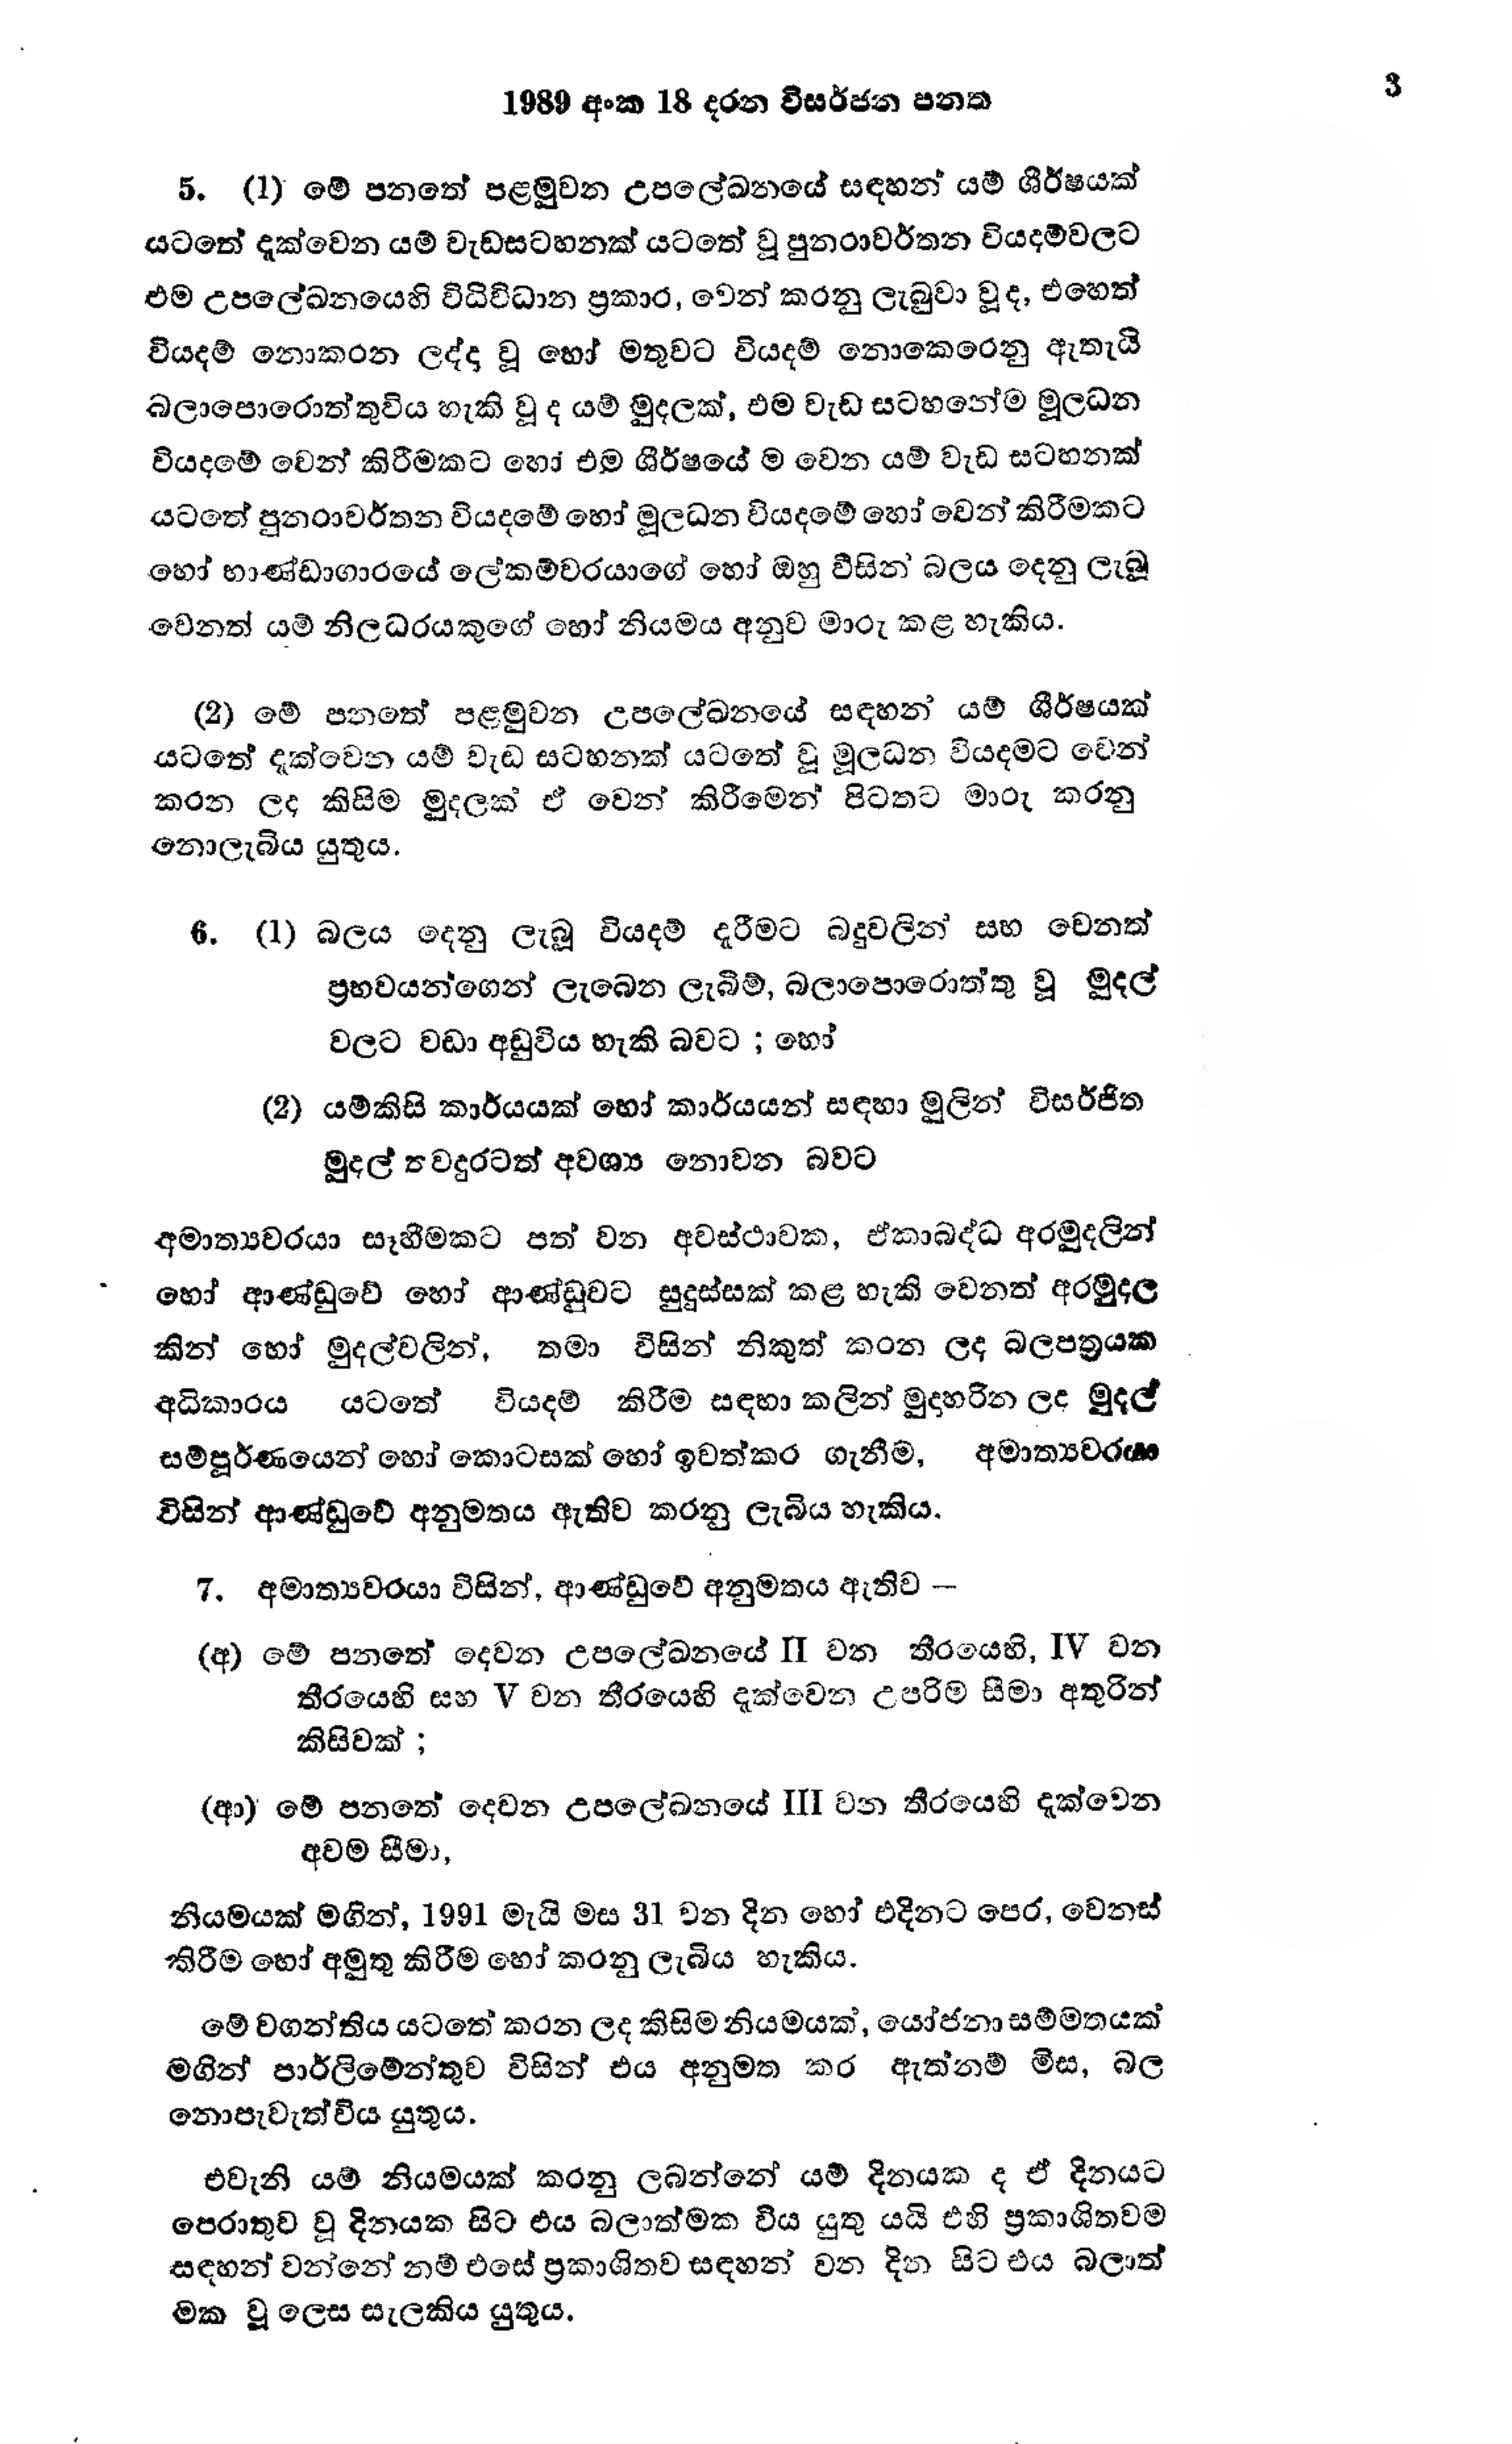
1989 අංක 18 දරන විසර්ජන පනත 3

5. (1) මේ පනතේ පළමුවන උපලේඛනයේ සඳහන් යම් ශීර්ෂයක්
යටතේ දැක්වෙන යම් වැඩසටහනක් යටතේ වූ පුනරාවර්තන වියදම්වලට
එම උපලේඛනයෙහි විධිවිධාන ප්‍රකාර, වෙන් කරනු ලැබුවා වූ ද, එහෙත්
වියදම් නොකරන ලද්දා වූ හෝ මතුවට වියදම් නොකෙරෙනු ඇතැයි
බලාපොරොත්තුවිය හැකි වූ ද යම් මුදලක්, එම වැඩ සටහනේම මූලධන
වියදමේ වෙන් කිරීමකට හෝ එම ශීර්ෂයේම වෙන යම් වැඩ සටහනක්
යටතේ පුනරාවර්තන වියදමේ හෝ මූලධන වියදමේ හෝ වෙන් කිරීමකට
හෝ භාණ්ඩාගාරයේ ලේකම්වරයාගේ හෝ ඔහු විසින් බලය දෙනු ලැබූ
වෙනත් යම් නිලධරයකුගේ හෝ නියමය අනුව මාරු කළ හැකිය.

(2) මේ පනතේ පළමුවන උපලේඛනයේ සඳහන් යම් ශීර්ෂයක්
යටතේ දැක්වෙන යම් වැඩ සටහනක් යටතේ වූ මූලධන වියදමට වෙන්
කරන ලද කිසිම මුදලක් ඒ වෙන් කිරීමෙන් පිටතට මාරු කරනු
නොලැබිය යුතුය.

6. (1) බලය දෙනු ලැබූ වියදම් දැරීමට බදුවලින් සහ වෙනත්
ප්‍රභවයන්ගෙන් ලැබෙන ලැබීම්, බලාපොරොත්තු වූ මුදල්
වලට වඩා අඩු විය හැකි බවට ; හෝ

(2) යම්කිසි කාර්යයක් හෝ කාර්යයන් සඳහා මුලින් විසර්ජිත
මුදල් තවදුරටත් අවශ්‍ය නොවන බවට

අමාත්‍යවරයා සෑහීමකට පත් වන අවස්ථාවක, ඒකාබද්ධ අරමුදලින්
හෝ ආණ්ඩුවේ හෝ ආණ්ඩුවට සුදුස්සක් කළ හැකි වෙනත් අරමුදල
කින් හෝ මුදල්වලින්, තමා විසින් නිකුත් කරන ලද බලපත්‍රයක
අධිකාරය යටතේ වියදම් කිරීම සඳහා කලින් මුදාහරින ලද මුදල්
සම්පූර්ණයෙන් හෝ කොටසක් හෝ ඉවත්කර ගැනීම, අමාත්‍යවරයා
විසින් ආණ්ඩුවේ අනුමතය ඇතිව කරනු ලැබිය හැකිය.

7. අමාත්‍යවරයා විසින්, ආණ්ඩුවේ අනුමතය ඇතිව --

(අ) මේ පනතේ දෙවන උපලේඛනයේ II වන තීරයෙහි, IV වන
තීරයෙහි සහ V වන තීරයෙහි දැක්වෙන උපරිම සීමා අතුරින්
කිසිවක් ;

(ආ) මේ පනතේ දෙවන උපලේඛනයේ III වන තීරයෙහි දැක්වෙන
අවම සීමා,

නියමයක් මගින්, 1991 මැයි මස 31 වන දින හෝ එදිනට පෙර, වෙනස්
කිරීම හෝ අමුතු කිරීම හෝ කරනු ලැබිය හැකිය.

මේ වගන්තිය යටතේ කරන ලද කිසිම නියමයක්, යෝජනා සම්මතයක්
මගින් පාර්ලිමේන්තුව විසින් එය අනුමත කර ඇත්නම් මිස, බල
නොපැවැත්විය යුතුය.

එවැනි යම් නියමයක් කරනු ලබන්නේ යම් දිනයක ද ඒ දිනයට
පෙරාතුව වූ දිනයක සිට එය බලාත්මක විය යුතු යයි එහි ප්‍රකාශිතවම
සඳහන් වන්නේ නම් එසේ ප්‍රකාශිතව සඳහන් වන දින සිට එය බලාත්
මක වූ ලෙස සැලකිය යුතුය.